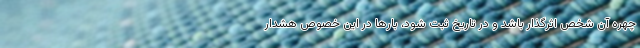
چهره آن شخص اثرگذار باشد و در تاریخ ثبت شود، بارها در این خصوص هشدار